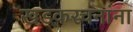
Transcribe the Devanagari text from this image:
खडकरचनांना